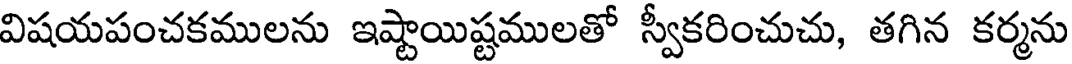
విషయపంచకములను ఇష్టాయిష్టములతో స్వీకరించుచు, తగిన కర్మను